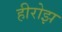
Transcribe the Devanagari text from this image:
हीरोझ